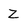
Character: Z